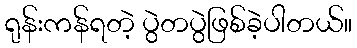
ရုန်းကန်ရတဲ့ ပွဲတပွဲဖြစ်ခဲ့ပါတယ်။